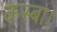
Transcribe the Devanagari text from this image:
क़स्बा।